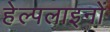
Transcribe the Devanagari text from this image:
हेल्पलाइनों